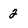
Character: 2